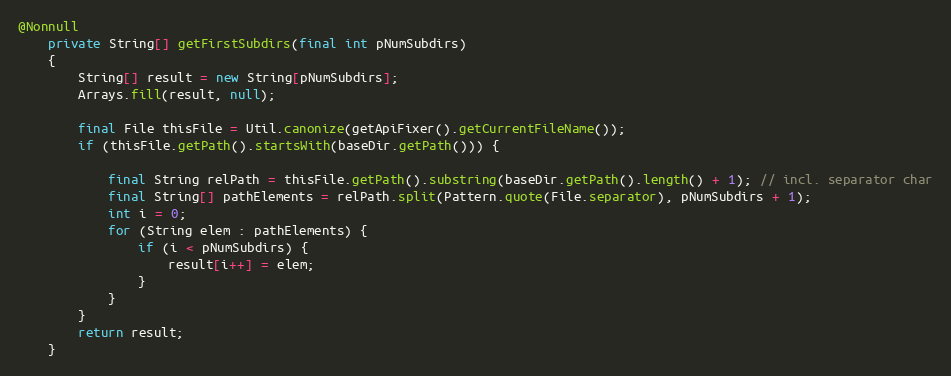
Language: Java
@Nonnull
    private String[] getFirstSubdirs(final int pNumSubdirs)
    {
        String[] result = new String[pNumSubdirs];
        Arrays.fill(result, null);

        final File thisFile = Util.canonize(getApiFixer().getCurrentFileName());
        if (thisFile.getPath().startsWith(baseDir.getPath())) {

            final String relPath = thisFile.getPath().substring(baseDir.getPath().length() + 1); // incl. separator char
            final String[] pathElements = relPath.split(Pattern.quote(File.separator), pNumSubdirs + 1);
            int i = 0;
            for (String elem : pathElements) {
                if (i < pNumSubdirs) {
                    result[i++] = elem;
                }
            }
        }
        return result;
    }